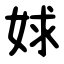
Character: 㛏